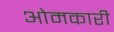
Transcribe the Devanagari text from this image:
ओमकारी